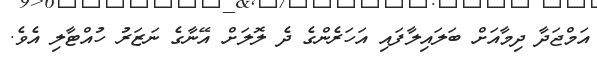
އަމްޖަދާ ދިމާއަށް ބަލައިލާފައި އަހަރެންގެ ދެ ލޮލަށް އޭނާގެ ނަޒަރު ހުއްޓާލި އެވެ.